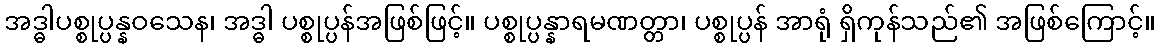
အဒ္ဓါပစ္စုပ္ပန္နဝသေန၊ အဒ္ဓါ ပစ္စုပ္ပန်အဖြစ်ဖြင့်။ ပစ္စုပ္ပန္နာရမဏတ္တာ၊ ပစ္စုပ္ပန် အာရုံ ရှိကုန်သည်၏ အဖြစ်ကြောင့်။